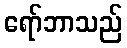
ရော်ဘာသည်